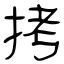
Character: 拷